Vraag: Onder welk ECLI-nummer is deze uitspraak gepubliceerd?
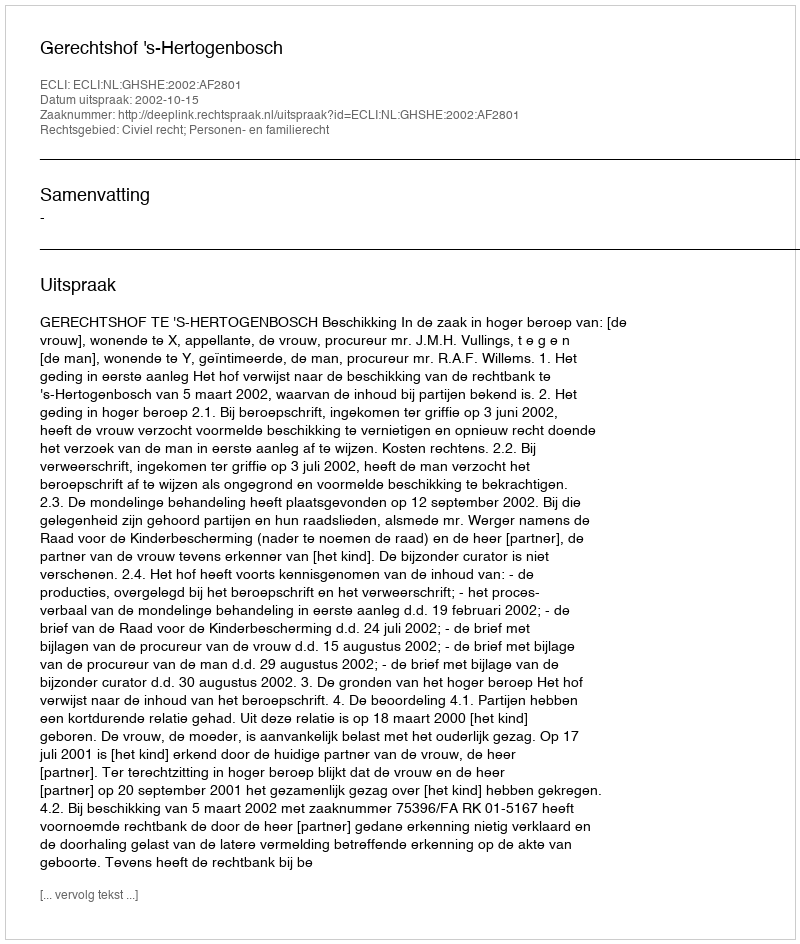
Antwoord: ECLI:NL:GHSHE:2002:AF2801